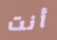
أنت